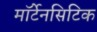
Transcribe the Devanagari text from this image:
मॉर्टेनसिटिक